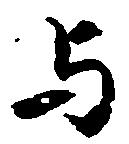
与